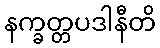
နက္ခတ္တပဒါနီတိ